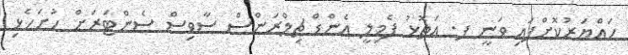
ހައްޔަރުކޮށްފައި ވަނީ ފ. އަތޮޅު ފެމިލީ އެންޑް ޗިލްރަންސް ސާވިސް ސެންޓަރަށް ހުށަހެެޅި